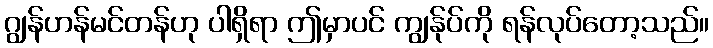
ဂျွန်ဟန်မင်တန်ဟု ပါရှိရာ ဤမှာပင် ကျွန်ုပ်ကို ရန်လုပ်တော့သည်။